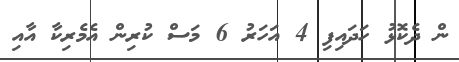
ން ދެކޮޅު ހަދައިފި 4 އަހަރު 6 މަސް ކުރިން އެމެރިކާ އާއި